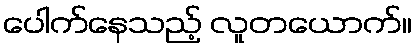
ပေါက်နေသည့် လူတယောက်။